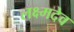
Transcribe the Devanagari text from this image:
लक्ष्मदेव